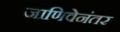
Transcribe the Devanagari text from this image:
जाणिवेनंतर